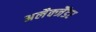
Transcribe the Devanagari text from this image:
अलैक्जैंडर